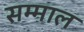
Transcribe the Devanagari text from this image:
सम्माल